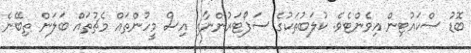
ބޮޑު ސްކައުޓިން އިވެންޓެވެ. ކުލަބުތަކުގެ ސަޕޯޓަރުންނާއި އިސް މީހުންތައް މެޗުތައް ބަލަން ތިބޭނެ